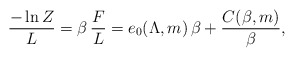
\begin{align*}{-\ln Z\over L} = \beta\,{F\over L} = e_0(\Lambda,m)\, \beta + {C(\beta,m)\over\beta}, \end{align*}